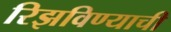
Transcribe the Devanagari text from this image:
रिझविण्याची